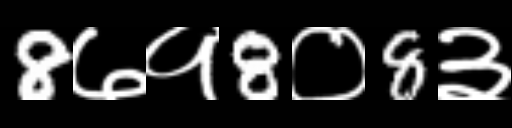
Text: 8७१8०8३